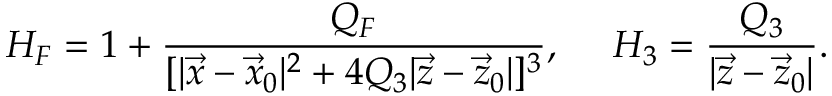
H _ { F } = 1 + { \frac { Q _ { F } } { [ | \vec { x } - \vec { x } _ { 0 } | ^ { 2 } + 4 Q _ { 3 } | \vec { z } - \vec { z } _ { 0 } | ] ^ { 3 } } } , \ \ \ \ H _ { 3 } = { \frac { Q _ { 3 } } { | \vec { z } - \vec { z } _ { 0 } | } } .